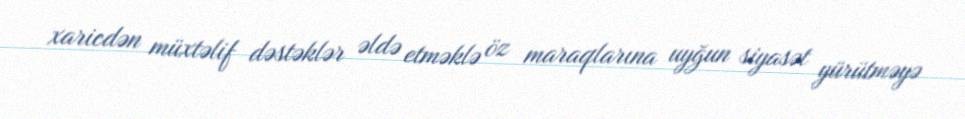
xaricdən müxtəlif dəstəklər əldə etməklə öz maraqlarına uyğun siyasət yürütməyə